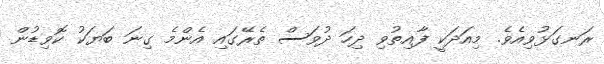
ރަނގަޅުވިއެވެ. މިއަދަކީ ފާއިތުވި ދިހަ ދުވަސް ތެރޭގައި އެންމެ ގިނަ ބަޔަކު ކޮވިޑުން